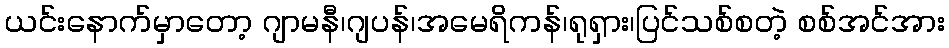
ယင်းနောက်မှာတော့ ဂျာမနီ၊ဂျပန်၊အမေရိကန်၊ရုရှား၊ပြင်သစ်စတဲ့ စစ်အင်အား